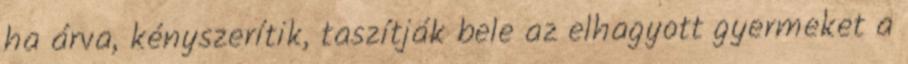
ha árva, kényszerítik, taszítják bele az elhagyott gyermeket a